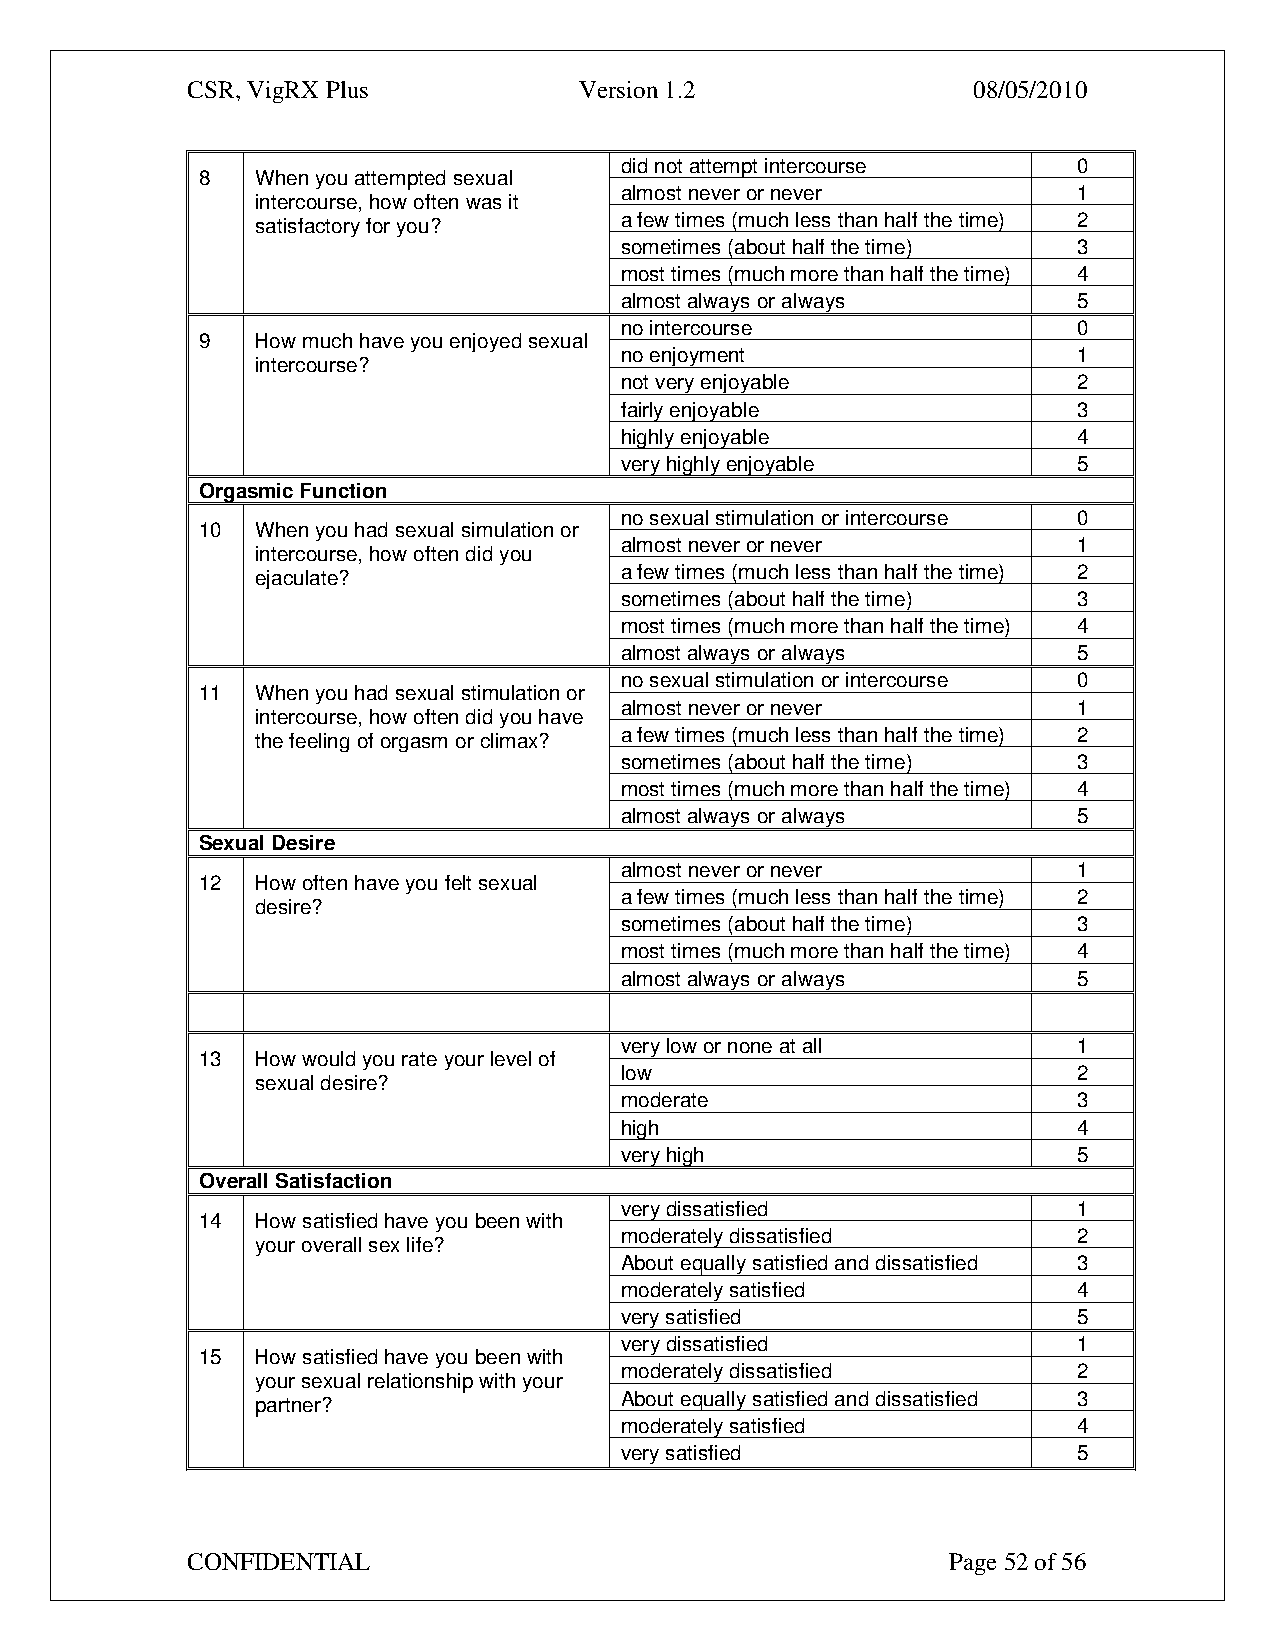
CSR, VigRX Plus           Version 1.2               08/05/2010
 did not attempt intercourse   0
 8   When you attempted sexual
 almost never or never         1
 intercourse, how often was it
 satisfactory for you?   a few times (much less than half the time) 2
 sometimes (about half the time) 3
 most times (much more than half the time) 4
 almost always or always       5
 no intercourse                0
 9   How much have you enjoyed sexual
 no enjoyment                  1
 intercourse?
 not very enjoyable            2
 fairly enjoyable              3
 highly enjoyable              4
 very highly enjoyable         5
 Orgasmic Function
 no sexual stimulation or intercourse 0
 10  When you had sexual simulation or
 almost never or never         1
 intercourse, how often did you
 ejaculate?              a few times (much less than half the time) 2
 sometimes (about half the time) 3
 most times (much more than half the time) 4
 almost always or always       5
 no sexual stimulation or intercourse 0
 11  When you had sexual stimulation or
 almost never or never         1
 intercourse, how often did you have
 the feeling of orgasm or climax? a few times (much less than half the time) 2
 sometimes (about half the time) 3
 most times (much more than half the time) 4
 almost always or always       5
 Sexual Desire
 almost never or never         1
 12  How often have you felt sexual
 a few times (much less than half the time) 2
 desire?
 sometimes (about half the time) 3
 most times (much more than half the time) 4
 almost always or always       5
 very low or none at all       1
 13  How would you rate your level of
 low                           2
 sexual desire?
 moderate                      3
 high                          4
 very high                     5
 Overall Satisfaction
 very dissatisfied             1
 14  How satisfied have you been with
 moderately dissatisfied       2
 your overall sex life?
 About equally satisfied and dissatisfied 3
 moderately satisfied          4
 very satisfied                5
 very dissatisfied             1
 15  How satisfied have you been with
 moderately dissatisfied       2
 your sexual relationship with your
 partner?                About equally satisfied and dissatisfied 3
 moderately satisfied          4
 very satisfied                5
 CONFIDENTIAL                                       Page 52 of 56